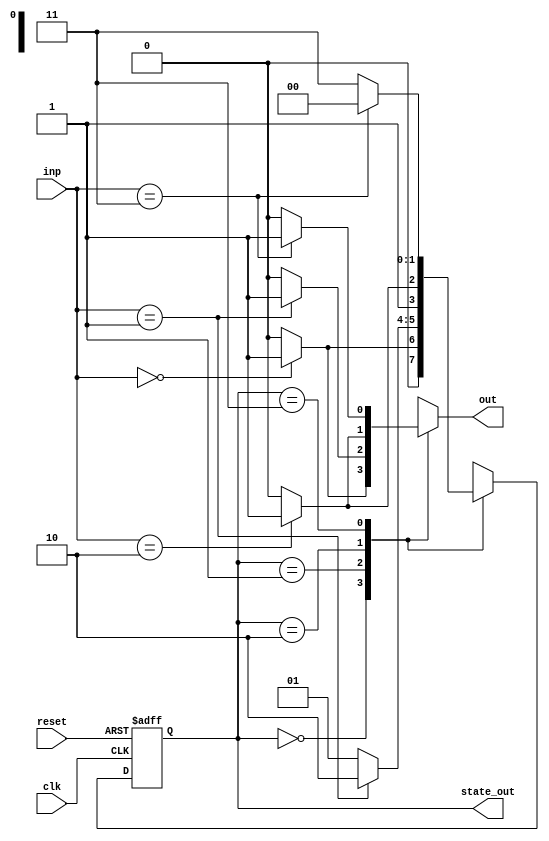
module MealyStateMachine #(
    parameter N = 2,                     // Number of bits for state
    parameter INPUT_WIDTH = 2            // Width of input signals
)(
    input wire clk,                       // Clock signal
    input wire reset,                     // Asynchronous reset
    input wire [INPUT_WIDTH-1:0] inp,    // Input signals
    output reg [N-1:0] state_out,        // Current state output
    output reg out                        // Output of the state machine
);

    // State encoding
    localparam S0 = 2'b00;                // State 0
    localparam S1 = 2'b01;                // State 1
    localparam S2 = 2'b10;                // State 2
    localparam S3 = 2'b11;                // State 3

    // State register
    reg [N-1:0] current_state, next_state;

    // Combinatorial output logic
    always @(*) begin
        case (current_state)
            S0: out = (inp == 2'b00) ? 1'b1 : 1'b0; // Example output logic
            S1: out = (inp == 2'b01) ? 1'b1 : 1'b0;
            S2: out = (inp == 2'b10) ? 1'b1 : 1'b0;
            S3: out = (inp == 2'b11) ? 1'b1 : 1'b0;
            default: out = 1'b0;
        endcase
    end

    // State transition logic
    always @(*) begin
        case (current_state)
            S0: next_state = (inp == 2'b00) ? S1 : S0;
            S1: next_state = (inp == 2'b01) ? S2 : S1;
            S2: next_state = (inp == 2'b10) ? S3 : S2;
            S3: next_state = (inp == 2'b11) ? S0 : S3;
            default: next_state = S0;
        endcase
    end

    // State register update
    always @(posedge clk or posedge reset) begin
        if (reset) begin
            current_state <= S0;               // Initialize to state S0
        end else begin
            current_state <= next_state;       // Update to next state
        end
    end

    // Output current state
    always @(*) begin
        state_out = current_state;           // Output the current state
    end

endmodule